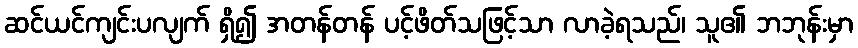
ဆင်ယင်ကျင်းပလျက် ရှိ၍ အတန်တန် ပင့်ဖိတ်သဖြင့်သာ လာခဲ့ရသည်၊ သူ၏ ဘဘုန်းမှာ